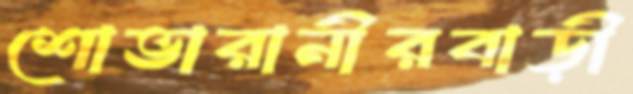
শোভারানীরবাড়ী